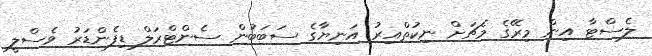
ލެސްޓާ އިން މިރޭގެ މެޗަށް ނިކުތްއިރު އަނިޔާގެ ސަބަބުން ސެންޓްރަލް ޑިފެންޑަރު ވެސްލީ